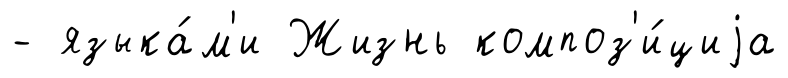
- языка́м'и Жизнь композ'и́циjа